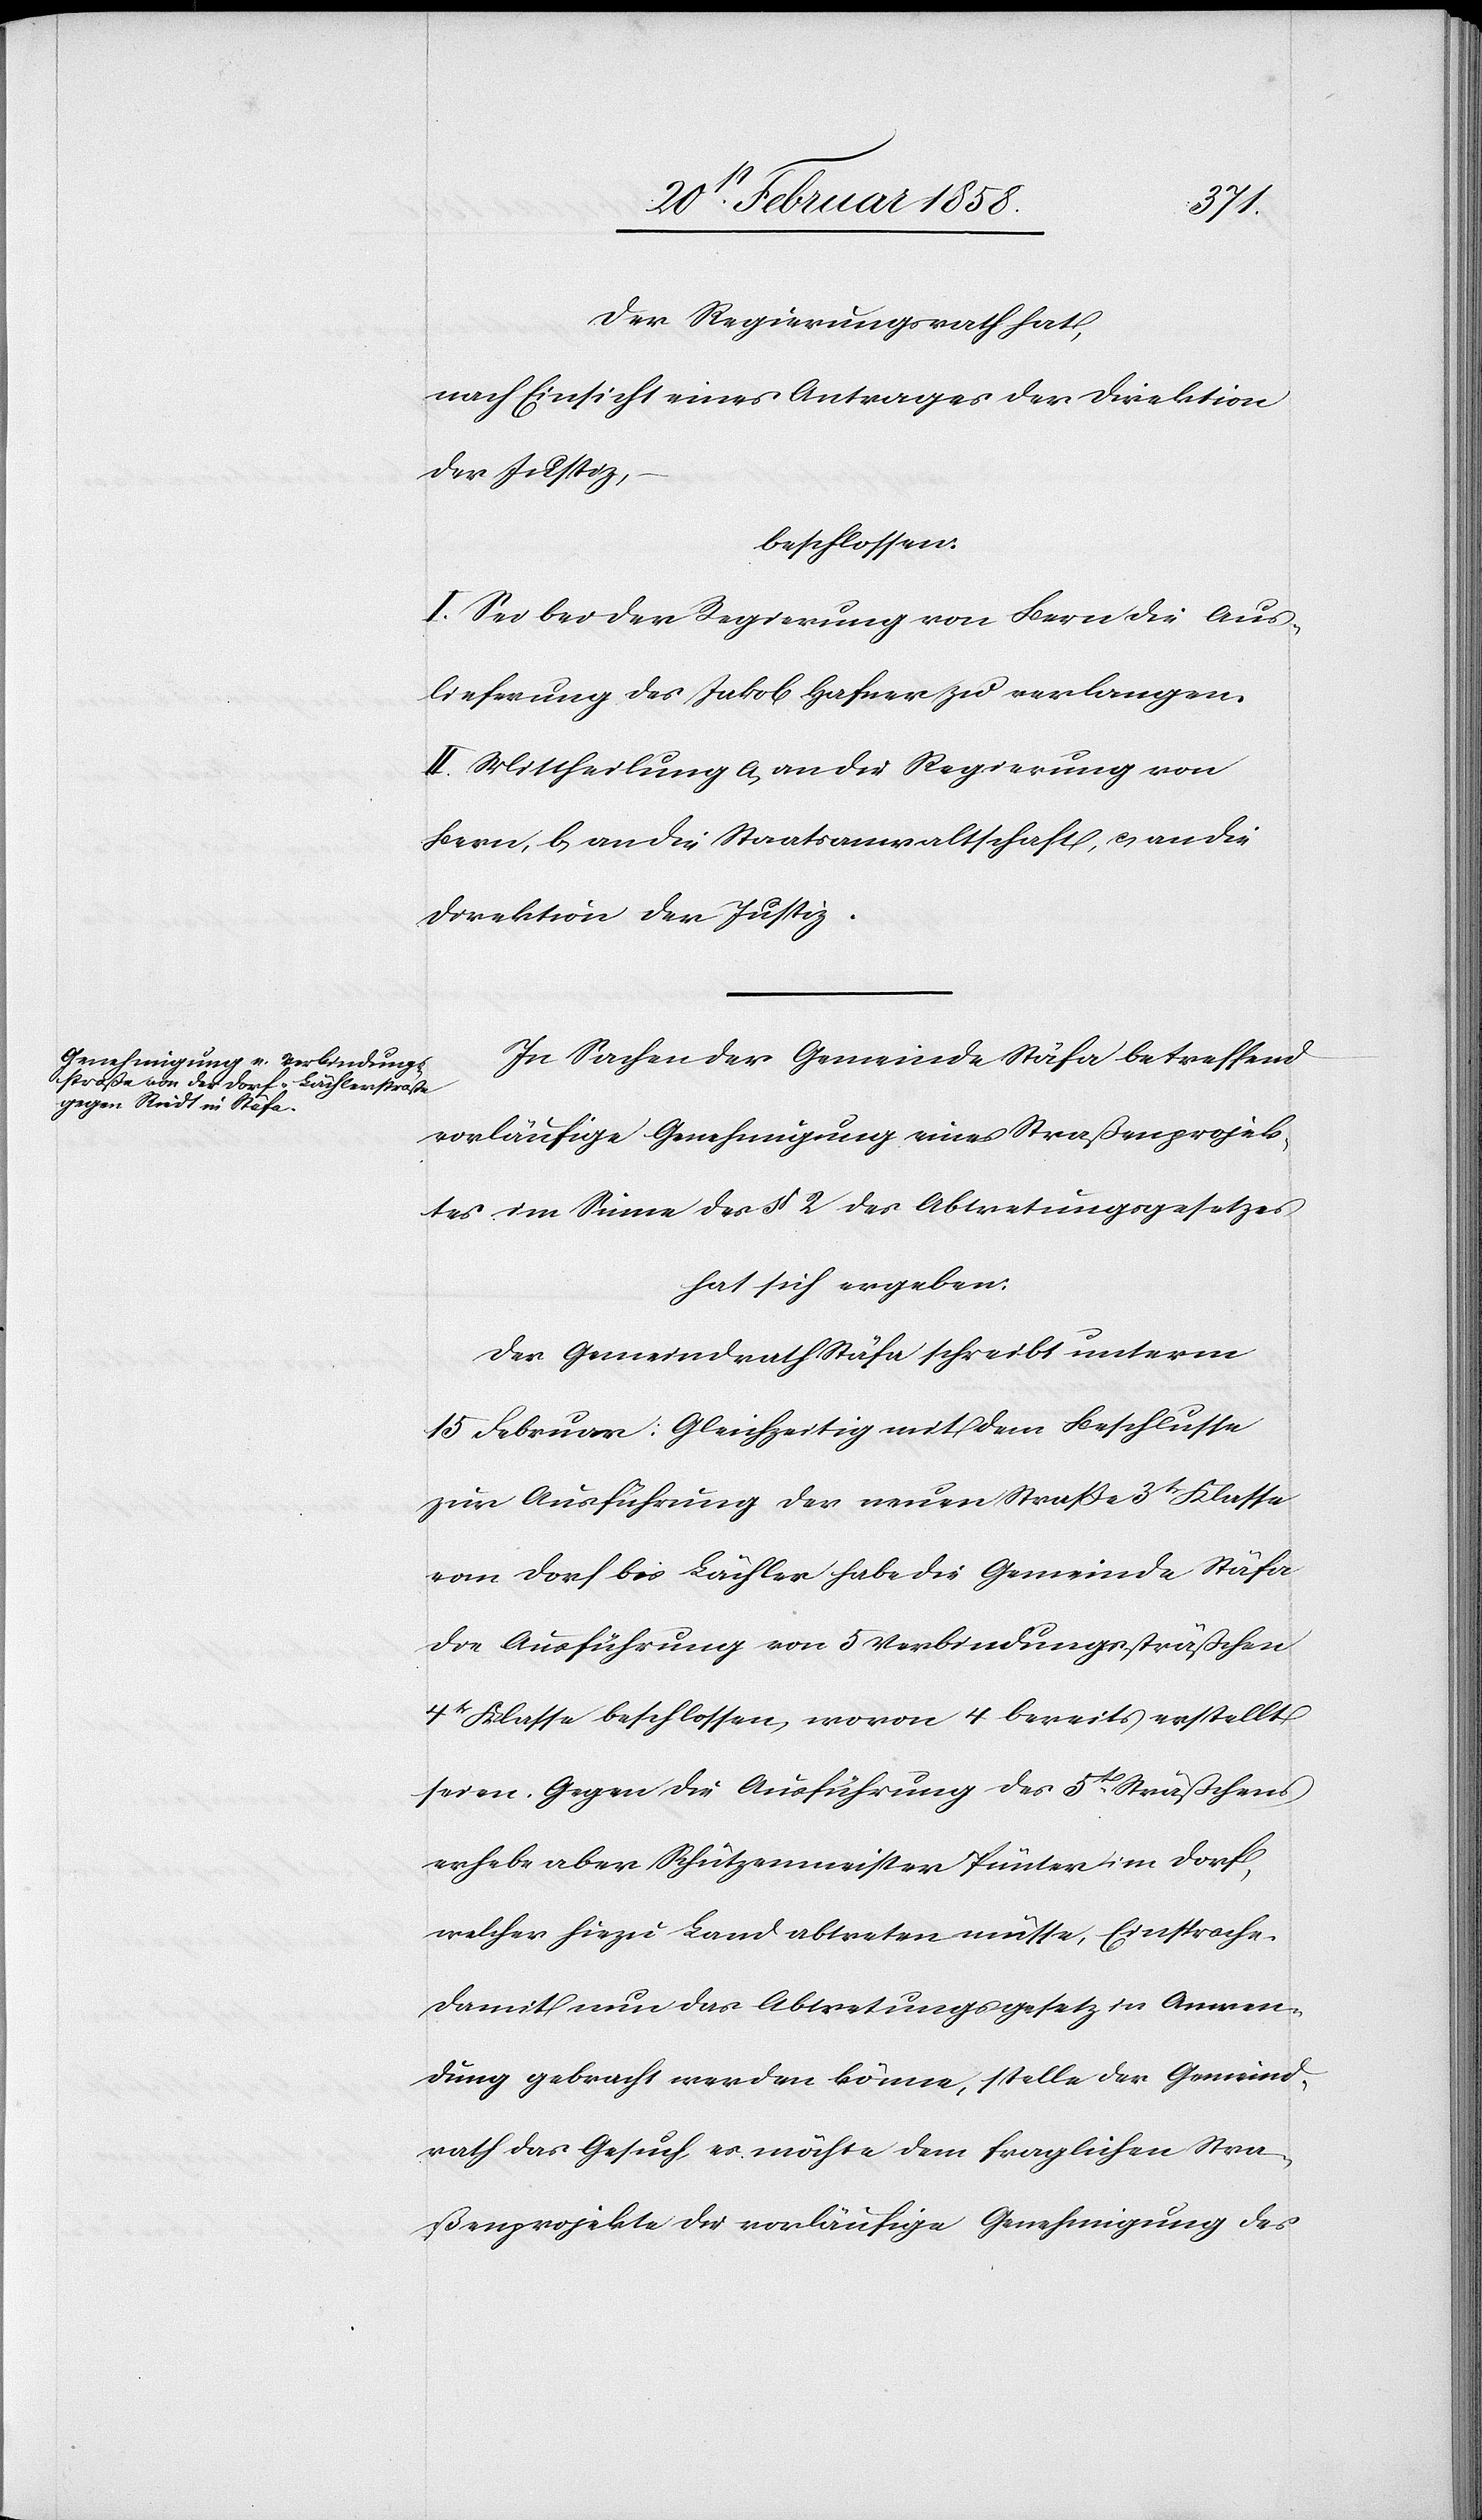
Der Regierungsrath hat,
nach Einsicht eines Antrages der Direktion
der Justiz,
beschlossen:
I. Sei bei der Regierung von Bern die Aus¬
lieferung des Jakob Hafner zu verlangen.
II. Mittheilung a. an die Regierung von
Bern, b. an die Staatsanwaltschaft, c. an die
Direktion der Justiz.
In Sachen der Gemeinde Stäfa betreffend
vorläufige Genehmigung eines Straßenprojek¬
tes im Sinne des § 2 des Abtretungsgesetzes
hat sich ergeben:
Der Gemeindrath Stäfa schreibt unterm
15 Februar: Gleichzeitig mit dem Beschlusse
zur Ausführung der neuen Straße 3tr Klasse
von Dorf bis Bächler habe die Gemeinde Stäfa
die Ausführung von 5 Verbindungssträßchen
4tr Klasse beschlossen, wovon 4 bereits erstellt
seien. Gegen die Ausführung des 5t Sträßchens
erhebe aber Schützenmeister Pünter im Dorf,
welcher hiezu Land abtreten müsse, Einsprache.
Damit nun das Abtretungsgesetz in Anwen¬
dung gebracht werden könne, stelle der Gemeind¬
rath das Gesuch, es möchte dem fraglichen Stra¬
ßenprojekte die vorläufige Genehmigung des